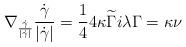
LaTeX: \begin{align*}\nabla_{\frac{\dot{\gamma}}{|\dot{\gamma}|}}\frac{\dot{\gamma}}{|\dot{\gamma}|}=\frac{1}{4}4\kappa\widetilde{\Gamma}i\lambda\Gamma=\kappa \nu\end{align*}